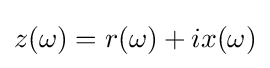
z(\omega )=r(\omega )+ix(\omega )